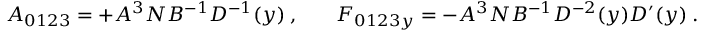
{ \cal A } _ { 0 1 2 3 } = + A ^ { 3 } N B ^ { - 1 } D ^ { - 1 } ( y ) \ , \ \ \ \ \ \ \ \ { \cal F } _ { 0 1 2 3 y } = - A ^ { 3 } N B ^ { - 1 } D ^ { - 2 } ( y ) D ^ { \prime } ( y ) \ .